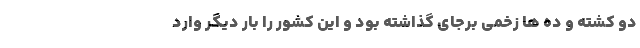
دو کشته و ده ها زخمی برجای گذاشته بود و این کشور را بار دیگر وارد